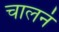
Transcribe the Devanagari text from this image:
चालनं